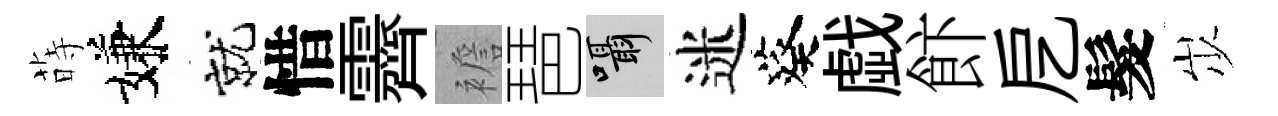
蒔嫌就惜霽襜琶囁迷葵戯飰戹髮𡵯